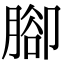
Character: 腳